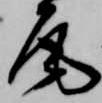
尾